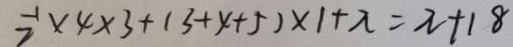
2 ^ { - 1 } \times 4 \times 3 + ( 3 + 4 + 5 ) \times 1 + \pi = \pi + 1 8